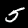
Label: 5